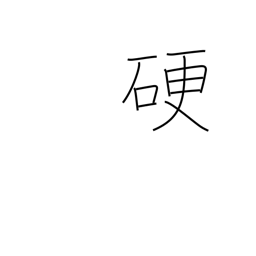
Meaning: hard